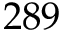
2 8 9